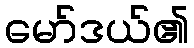
မော်ဒယ်၏